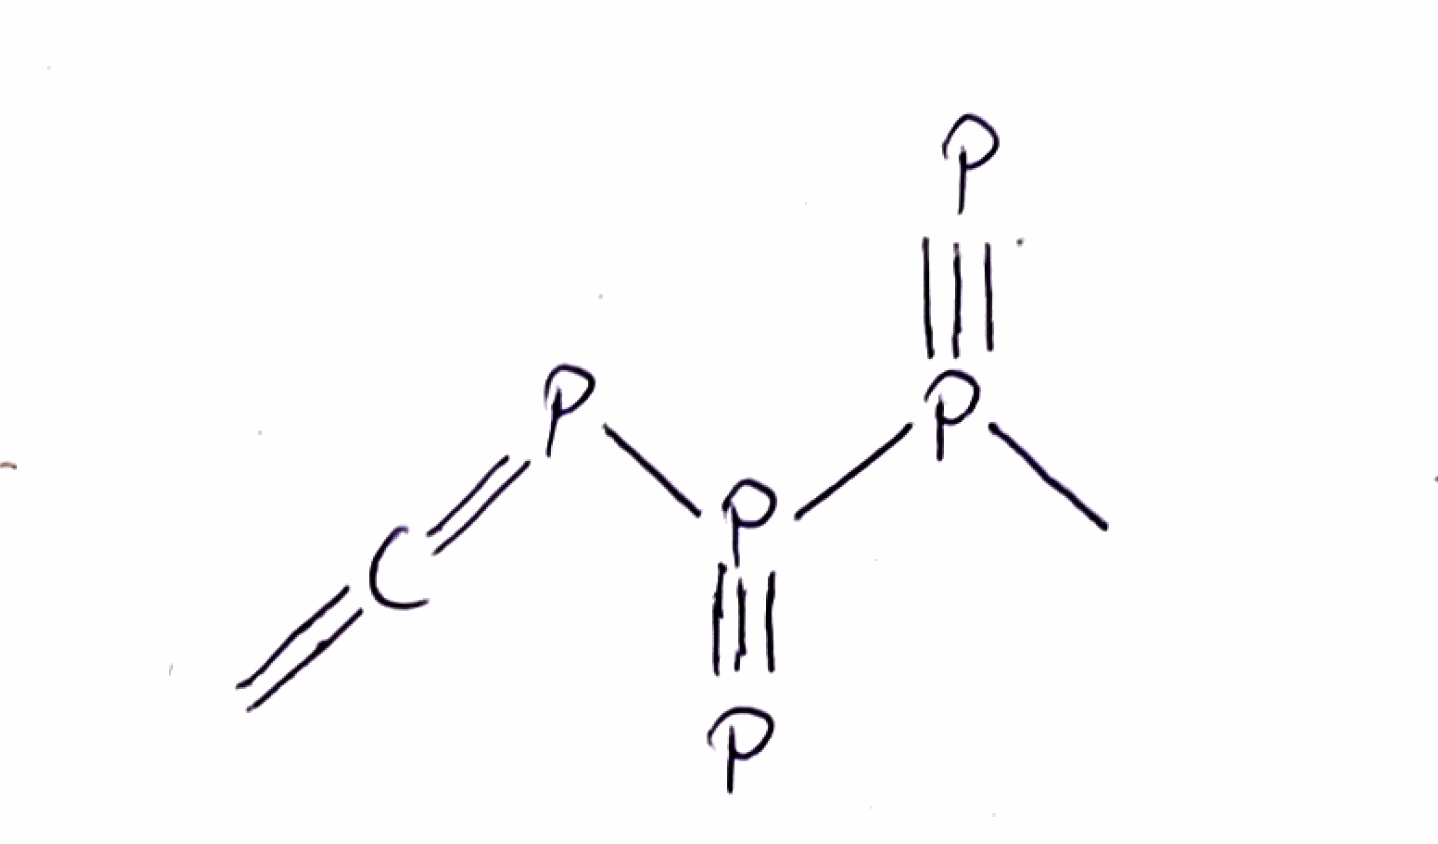
Simplified molecular-input line-entry system (SMILES) notation of the given molecule:
CP(#P)P(#P)P=C=C